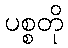
ပစ္စတို